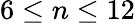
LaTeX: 6\leq n\le{12}